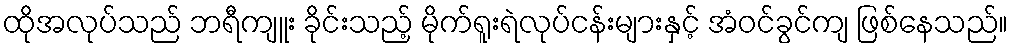
ထိုအလုပ်သည် ဘရီကျူး ခိုင်းသည့် မိုက်ရူးရဲလုပ်ငန်းများနှင့် အံဝင်ခွင်ကျ ဖြစ်နေသည်။